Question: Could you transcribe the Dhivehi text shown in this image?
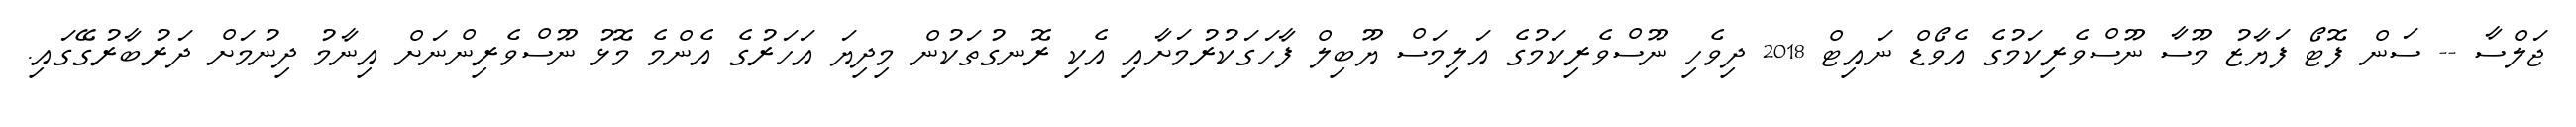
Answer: ޖަލްސާ -- ސަން ފޮޓޯ ފަޔާޒު މޫސާ ނޫސްވެރިކަމުގެ އެވޯޑް ނައިޓް 2018 ދިވެހި ނޫސްވެރިކަމުގެ އަލިމަސް ޔޫބިލް ފާހަގަކުރުމަށާއި އެކި ރޮނގުތަކުން މިދިޔަ އަހަރުގެ އެންމެ މޮޅު ނޫސްވެރިންނަށް އިނާމު ދިނުމަށް ދަރުބާރުގޭގައި.